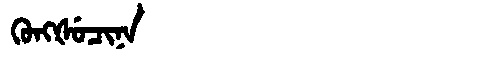
Manchu: ᡴᡠᠩᡧᡠᠴᡳᠨᠠ
Romanization: KUNGŠUCINA